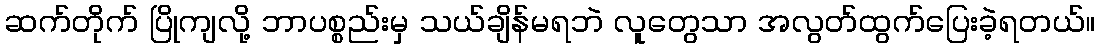
ဆက်တိုက် ပြိုကျလို့ ဘာပစ္စည်းမှ သယ်ချိန်မရဘဲ လူတွေသာ အလွတ်ထွက်ပြေးခဲ့ရတယ်။